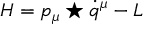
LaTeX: H = p _ { \mu } \star \dot { q } ^ { \mu } - L